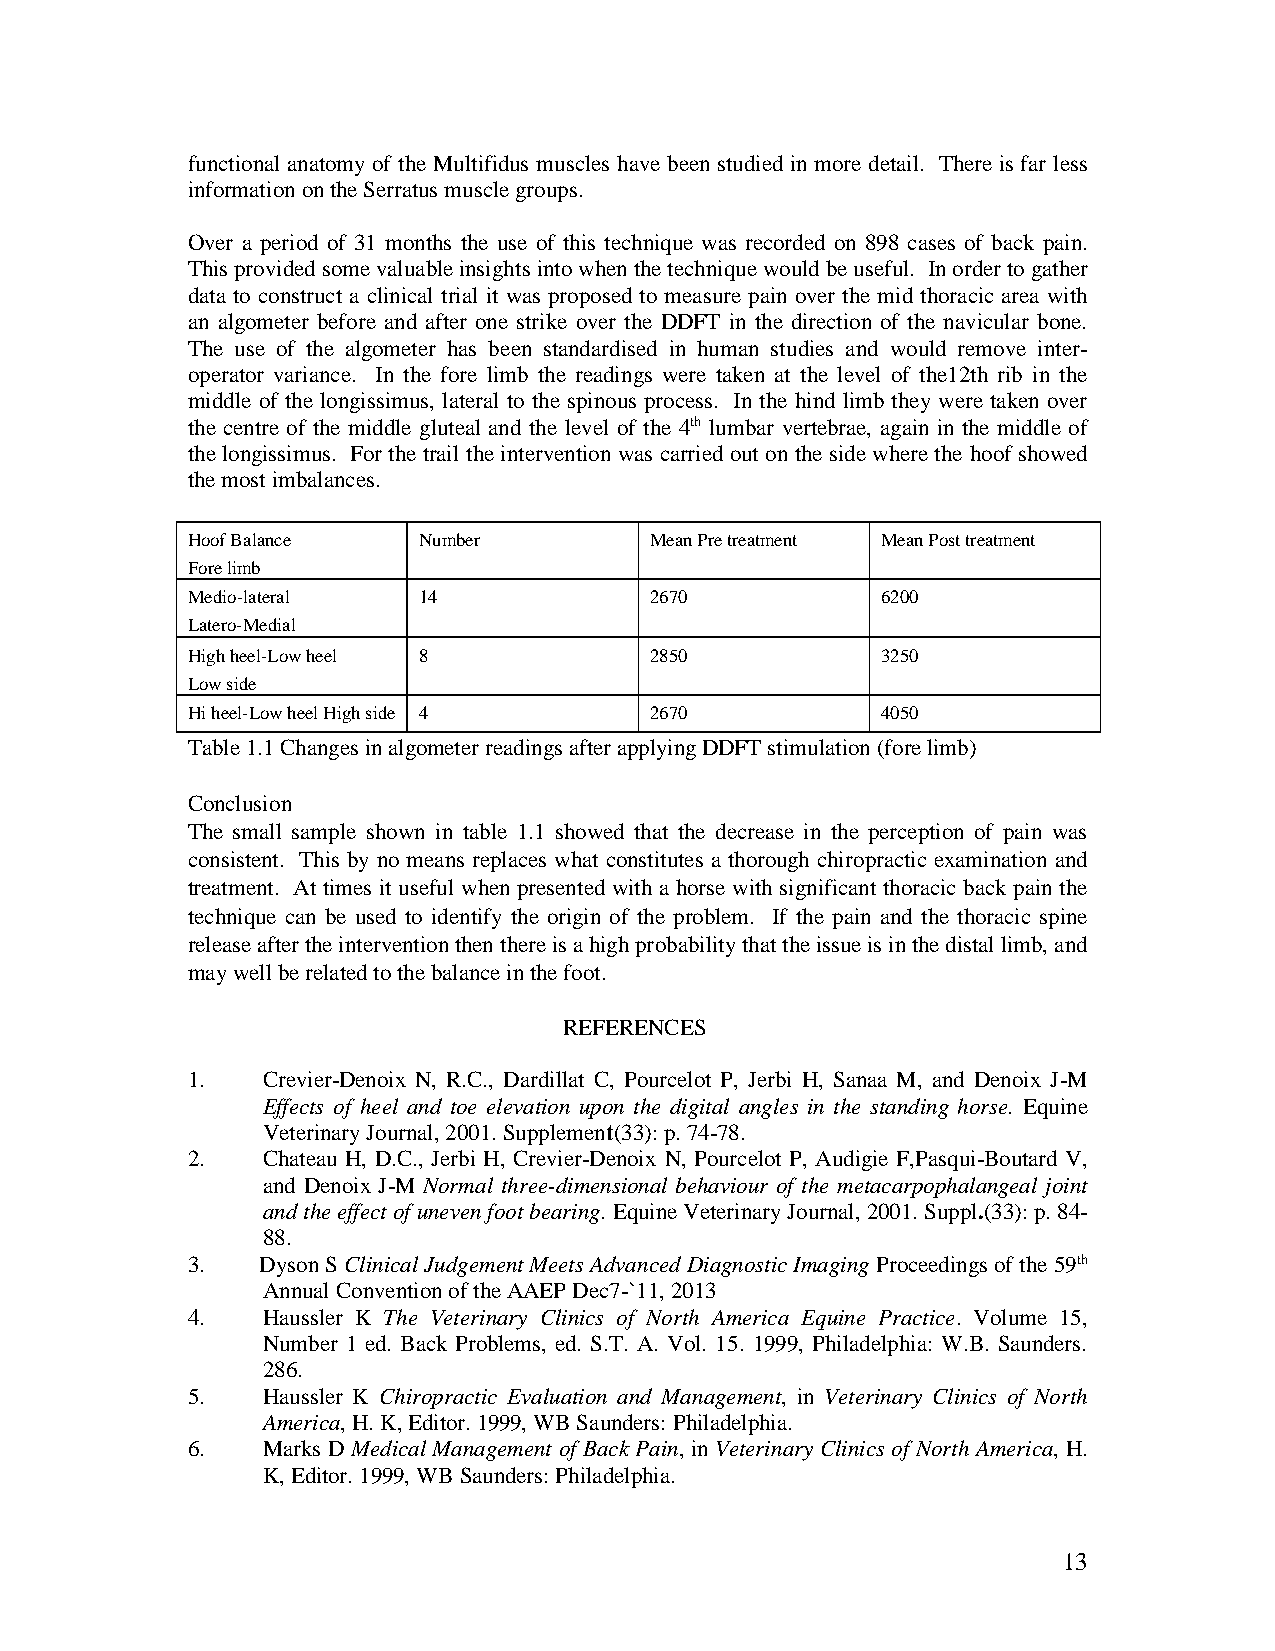
functional anatomy of the Multifidus muscles have been studied in more detail. There is far less
 information on the Serratus muscle groups.
 Over a period of 31 months the use of this technique was recorded on 898 cases of back pain.
 This provided some valuable insights into when the technique would be useful. In order to gather
 data to construct a clinical trial it was proposed to measure pain over the mid thoracic area with
 an algometer before and after one strike over the DDFT in the direction of the navicular bone.
 The use of the algometer has been standardised in human studies and would remove inter-
 operator variance. In the fore limb the readings were taken at the level of the12th rib in the
 middle of the longissimus, lateral to the spinous process. In the hind limb they were taken over
 the centre of the middle gluteal and the level of the 4th lumbar vertebrae, again in the middle of
 the longissimus. For the trail the intervention was carried out on the side where the hoof showed
 the most imbalances.
 Hoof Balance    Number         Mean Pre treatment Mean Post treatment
 Fore limb
 Medio-lateral   14             2670           6200
 Latero-Medial
 High heel-Low heel 8           2850           3250
 Low side
 Hi heel-Low heel High side 4   2670           4050
 Table 1.1 Changes in algometer readings after applying DDFT stimulation (fore limb)
 Conclusion
 The small sample shown in table 1.1 showed that the decrease in the perception of pain was
 consistent. This by no means replaces what constitutes a thorough chiropractic examination and
 treatment. At times it useful when presented with a horse with significant thoracic back pain the
 technique can be used to identify the origin of the problem. If the pain and the thoracic spine
 release after the intervention then there is a high probability that the issue is in the distal limb, and
 may well be related to the balance in the foot.
 REFERENCES
 1.   Crevier-Denoix N, R.C., Dardillat C, Pourcelot P, Jerbi H, Sanaa M, and Denoix J-M
 Effects of heel and toe elevation upon the digital angles in the standing horse. Equine
 Veterinary Journal, 2001. Supplement(33): p. 74-78.
 2.   Chateau H, D.C., Jerbi H, Crevier-Denoix N, Pourcelot P, Audigie F,Pasqui-Boutard V,
 and Denoix J-M Normal three-dimensional behaviour of the metacarpophalangeal joint
 and the effect of uneven foot bearing. Equine Veterinary Journal, 2001. Suppl.(33): p. 84-
 88.
 3.   Dyson S Clinical Judgement Meets Advanced Diagnostic Imaging Proceedings of the 59th
 Annual Convention of the AAEP Dec7-`11, 2013
 4.   Haussler K The Veterinary Clinics of North America Equine Practice. Volume 15,
 Number 1 ed. Back Problems, ed. S.T. A. Vol. 15. 1999, Philadelphia: W.B. Saunders.
 286.
 5.   Haussler K Chiropractic Evaluation and Management, in Veterinary Clinics of North
 America, H. K, Editor. 1999, WB Saunders: Philadelphia.
 6.   Marks D Medical Management of Back Pain, in Veterinary Clinics of North America, H.
 K, Editor. 1999, WB Saunders: Philadelphia.
 13